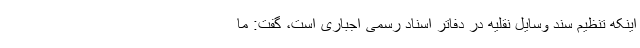
اینکه تنظیم سند وسایل نقلیه در دفاتر اسناد رسمی اجباری است، گفت: ما